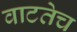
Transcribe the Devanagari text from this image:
वाटतेच